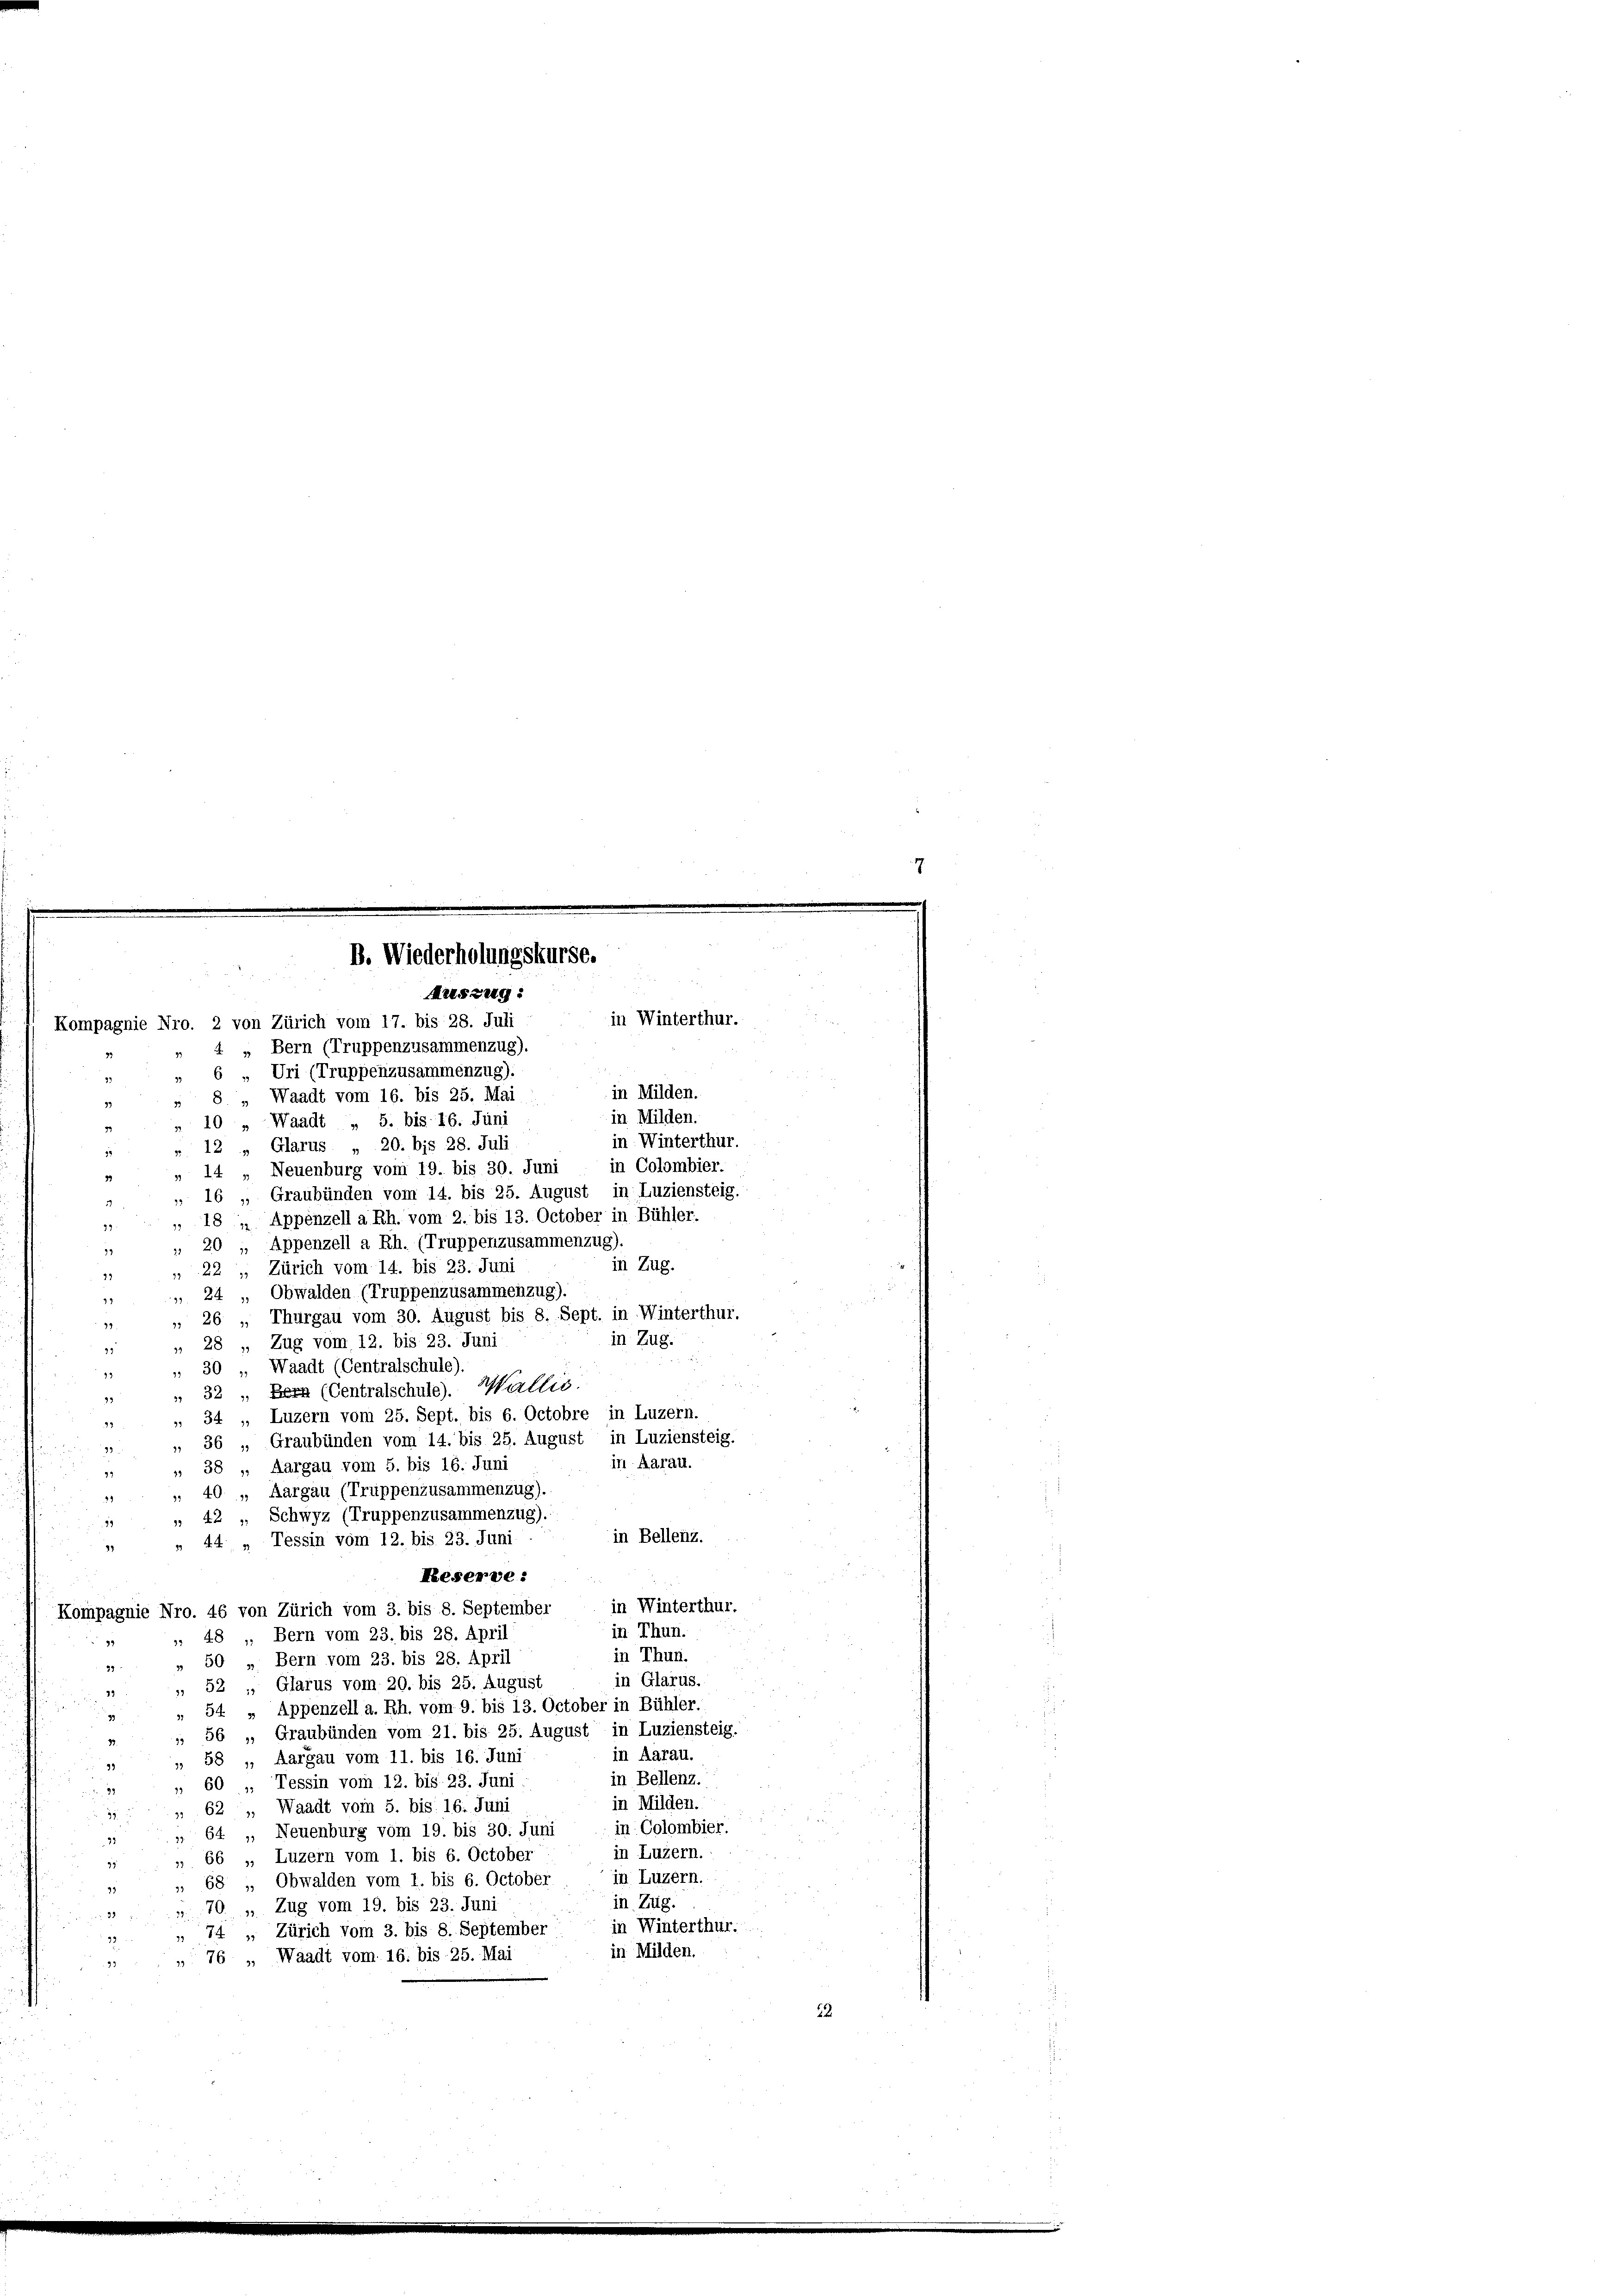
B. Wiederholungskurse.
Artszug:

Kompagnie Nro. 2 von Zürich vom 17. bis 28. Juli
„ Bern (Truppenzusammenzug).
" 6 „ Uri (Truppenzusammenzug).
8 „ Waadt vom 16. bis 25. Mai
39
10 „Waadt „ 5. bis 16. Juni
» 12 „ Glarus „ 20. bis 28. Juli
10
" 14 „Neuenburg vom 19. bis 30. Juni
33
 16 „Graubünden vom 14. bis 25. August in Luziensteig.
„ 18 „ Appenzell a Rh. vom 2. bis 13. October in Bühler.
99.
 20 „ Appenzell a Rh. (Truppenzusammenzug).
19
in Zug.
 22 „ Zürich vom 14. bis 23. Juni
12
 24 " Obwalden (Truppenzusammenzug).
99
 26 „ Thurgau vom 30. August bis 8. Sept. in Winterthur.
35
in Zug.
 28 „ Zug vom 12. bis 23. Juni
73
„ 30 Waadt (Centralschule).
 32, Bern (Centralschule). Wallis.
93
 34 „ Luzern vom 25. Sept. bis 6. Octobre in Luzern.
72
 36 „Graubünden vom 14. bis 25. August in Luziensteig.
3
in Aarall.
 38 „ Aargau vom 5. bis 16. Juni
 40 „ Aargau (Truppenzusammenzug).
4
 42 „ Schwyz (Truppenzusammenzug).
in Bellenz.
44 „ Tessin vom 12. bis 23. Juni
47
Reserve :
in Winterthur.
Kompagnie Nro. 46 von Zürich vom 3. bis 8. September
in Thun.
 48 „ Bern vom 23. bis 28. April
22
in Thun.
 50 „ Bern vom 23. bis 28. April
25
in Glarus.
 52 „ Glarus vom 20. bis 25. August
19
 54 „Appenzell a. Rh. vom 9. bis 13. October in Bühler.
9
 56 „Graubünden vom 21. bis 25. August in Luziensteig.
87.
in Aarau.
58 „ Aargau vom 11. bis 16. Juni
33
99
in Bellenz.
 60 „ Tessin vom 12. bis 23. Juni
93
in Milden.
" 62 „ Waadt vom 5. bis 16. Juni
in Colombier.
 64 „Neuenburg vom 19. bis 30. Juni
25
in Luzern.
„ 66 „ Luzern vom 1. bis 6. October
91
in Luzern.
 68 „Obwalden vom 1. bis 6. October
91
in Zug.
370 " Zug vom 19. bis 23. Juni
in Winterthur.
 74 " Zürich vom 3. bis 8. September
22
in Milden.
 76 „ Waadt vom 16. bis 25. Mai
23
22.

in Winterthur.
in Milden.

in Milden.
in Winterthur.
in Colombier.

7